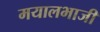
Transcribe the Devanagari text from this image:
मयालभाजी